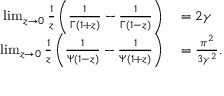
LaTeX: \begin{array} { r l } { \operatorname* { l i m } _ { z \to 0 } { \frac { 1 } { z } } \left( { \frac { 1 } { \Gamma ( 1 + z ) } } - { \frac { 1 } { \Gamma ( 1 - z ) } } \right) } & { { } = 2 \gamma } \\ { \operatorname* { l i m } _ { z \to 0 } { \frac { 1 } { z } } \left( { \frac { 1 } { \Psi ( 1 - z ) } } - { \frac { 1 } { \Psi ( 1 + z ) } } \right) } & { { } = { \frac { \pi ^ { 2 } } { 3 \gamma ^ { 2 } } } . } \end{array}